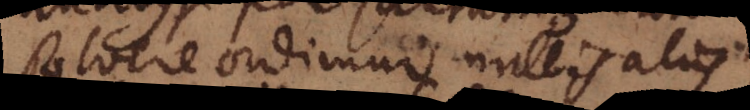
solvere ordimur nullis aliis